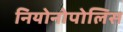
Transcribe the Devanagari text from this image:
नियोनोपोलिस